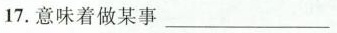
17.意味着做某事___